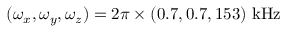
( \omega _ { x } , \omega _ { y } , \omega _ { z } ) = 2 \pi \times ( 0 . 7 , 0 . 7 , 1 5 3 ) ~ \mathrm { { k H z } }